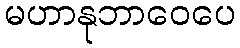
မဟာနုဘာဝေပေ